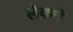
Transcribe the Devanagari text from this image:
लेकचे